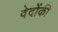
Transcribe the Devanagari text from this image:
वेदोंकी